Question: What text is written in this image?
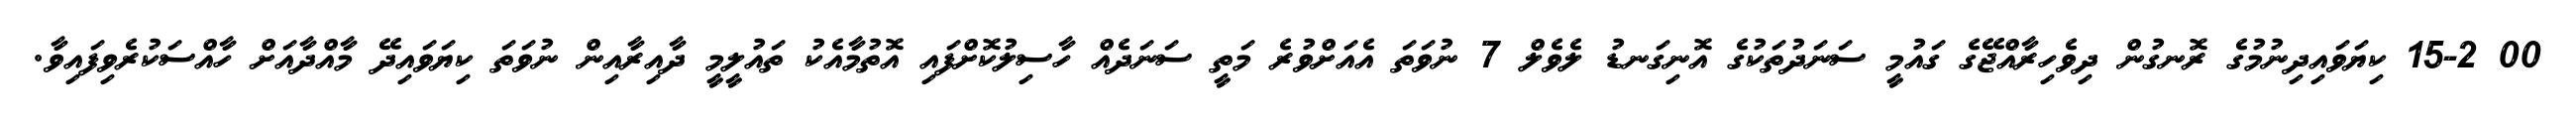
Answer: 00 15-2 ކިޔަވައިދިނުމުގެ ރޮނގުން ދިވެހިރާއްޖޭގެ ގައުމީ ސަނަދުތަކުގެ އޮނިގަނޑު ލެވެލް 7 ނުވަތަ އެއަށްވުރެ މަތީ ސަނަދެއް ހާސިލުކޮށްފައި އޮތުމާއެކު ތައުލީމީ ދާއިރާއިން ނުވަތަ ކިޔަވައިދޭ މާއްދާއަށް ހާއްސަކުރެވިފައިވާ.